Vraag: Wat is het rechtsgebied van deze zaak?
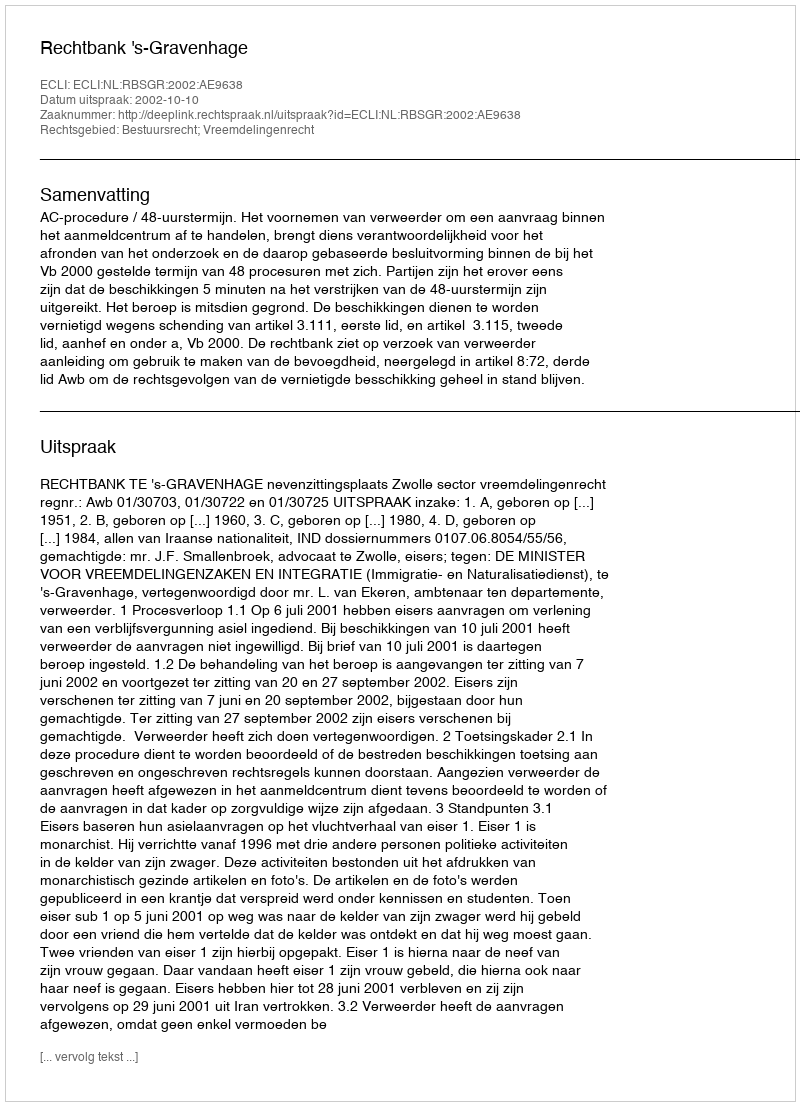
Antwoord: Bestuursrecht; Vreemdelingenrecht